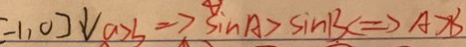
- 1 , 0 ] \downarrow a > 3 \Rightarrow A > \sin A > \sin B C \Rightarrow A > B